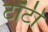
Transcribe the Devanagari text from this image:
टॉटी